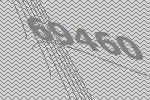
69460